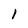
Character: l